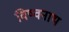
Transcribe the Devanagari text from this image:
विष्वनाथ